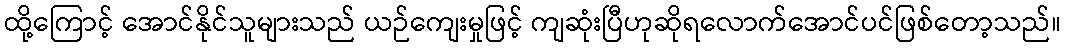
ထို့ကြောင့် အောင်နိုင်သူများသည် ယဉ်ကျေးမှုဖြင့် ကျဆုံးပြီဟုဆိုရလောက်အောင်ပင်ဖြစ်တော့သည်။